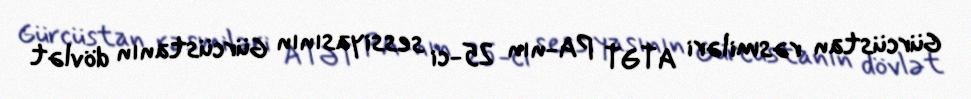
Gürcüstan rəsmiləri ATƏT PA-nın 25-ci sessiyasının Gürcüstanın dövlət